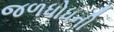
જળધોધની